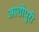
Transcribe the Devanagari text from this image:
आशोपुरी